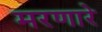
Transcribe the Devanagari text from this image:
मरणारे